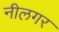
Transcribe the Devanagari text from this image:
नीलगर